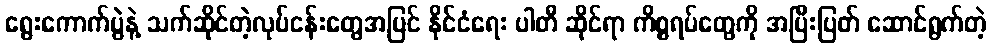
ရွေးကောက်ပွဲနဲ့ သက်ဆိုင်တဲ့လုပ်ငန်းတွေအပြင် နိုင်ငံရေး ပါတီ ဆိုင်ရာ ကိစ္စရပ်တွေကို အပြီးပြတ် ဆောင်ရွက်တဲ့